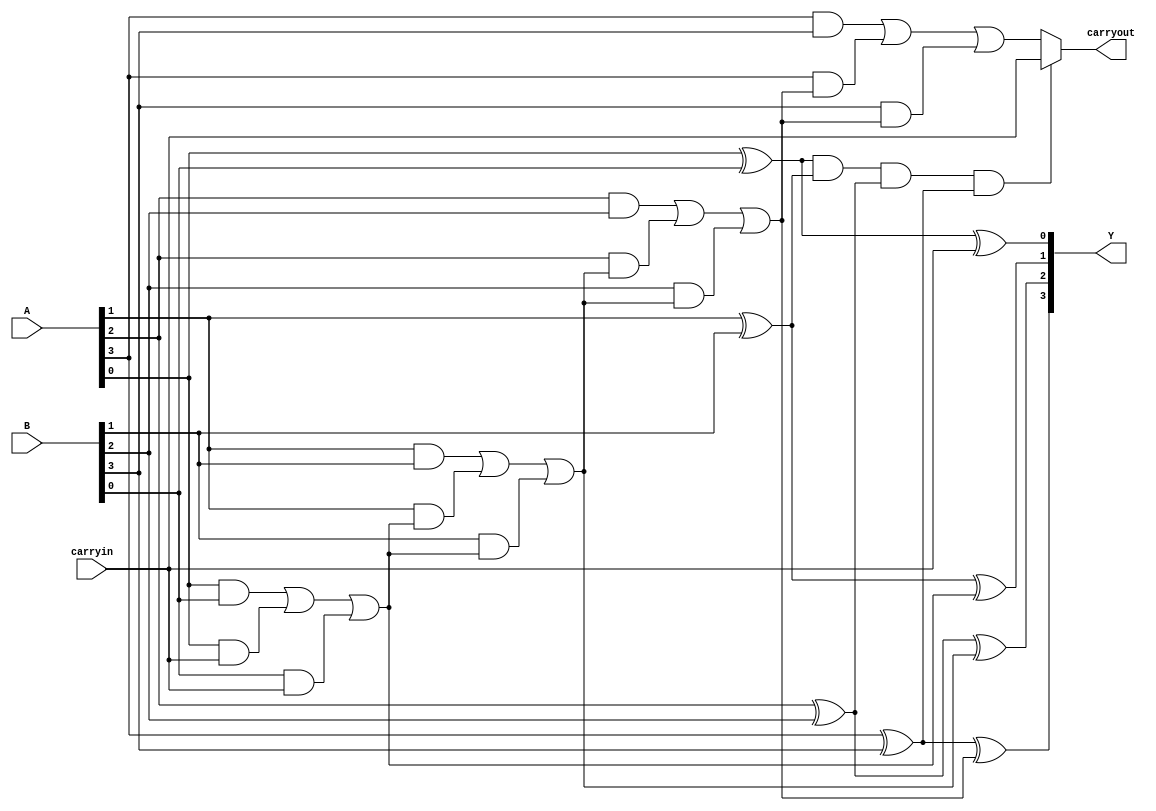
// Two modules are built as part of solution
// First define a 4 bit block and then reuse
module jcsablock(Y,carryout,A,B,carryin);
  output [3:0]Y;
  output carryout;
  input [3:0]A,B;
  input carryin;

  wire [3:0]g,p;// generate and propogate  
  wire [4:0]c;// intermediate carry of adders, one extra for coding simplicity
  wire z;// for the mux
  
  assign c[0] = carryin; // this line is not needed can be directly written
  
  genvar i;
  for (i=0; i<=3; i=i+1)
  begin
    assign p[i] = A[i] ^ B[i];
    assign c[i+1] = ( A[i] & B[i] ) | ( A[i] & c[i] ) | ( B[i] & c[i] );
    assign Y[i] = A[i] ^ B[i] ^ c[i];
  end
  // now assign the mux value correctly
  
  assign z = p[0] & p [1] & p[2] & p[3];
  assign carryout = z ? carryin : c[4];

endmodule

// Second reuse the above block modules to build the final adder
// The adder is a 8 bit adder which will make use of two blocks of 4 bit each
module jcarryskipadder(Y,carryout,A,B,carryin);
  output [7:0]Y;
  output carryout;
  input [7:0]A,B;
  input carryin;

  wire c4; // intermediate carry obtained from first block
  
  jcsablock b1 (Y[3:0],c4,A[3:0],B[3:0],carryin);
  jcsablock b2 (Y[7:4],carryout,A[7:4],B[7:4],c4); // pass the intermediate carry here
  
endmodule